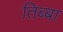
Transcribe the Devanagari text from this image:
तिब्बा